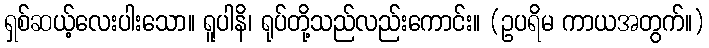
ရှစ်ဆယ့်လေးပါးသော။ ရူပါနိ၊ ရုပ်တို့သည်လည်းကောင်း။ (ဥပရိမ ကာယအတွက်။)